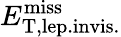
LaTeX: E_{\mathrm{T,lep.invis.}}^{\mathrm{miss}}